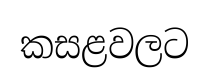
කසළවලට